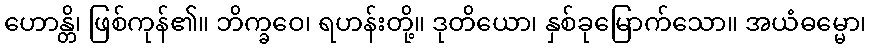
ဟောန္တိ၊ ဖြစ်ကုန်၏။ ဘိက္ခဝေ၊ ရဟန်းတို့။ ဒုတိယော၊ နှစ်ခုမြောက်သော။ အယံဓမ္မော၊